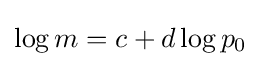
\log m=c+d\log p_{0}